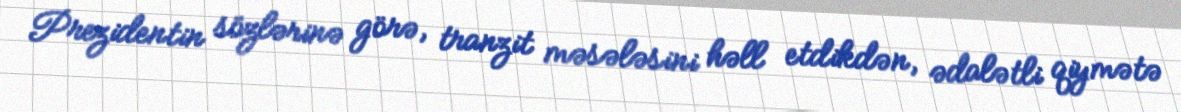
Prezidentin sözlərinə görə, tranzit məsələsini həll etdikdən, ədalətli qiymətə